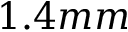
1 . 4 m m